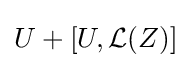
U+[U,{\mathcal {L}}(Z)]